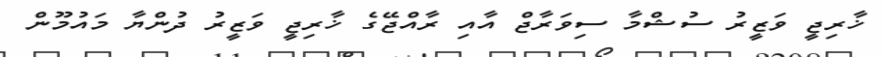
ޚާރިޖީ ވަޒީރު ސުޝްމާ ސިވަރާޖް އާއި ރާއްޖޭގެ ޚާރިޖީ ވަޒީރު ދުންޔާ މައުމޫން